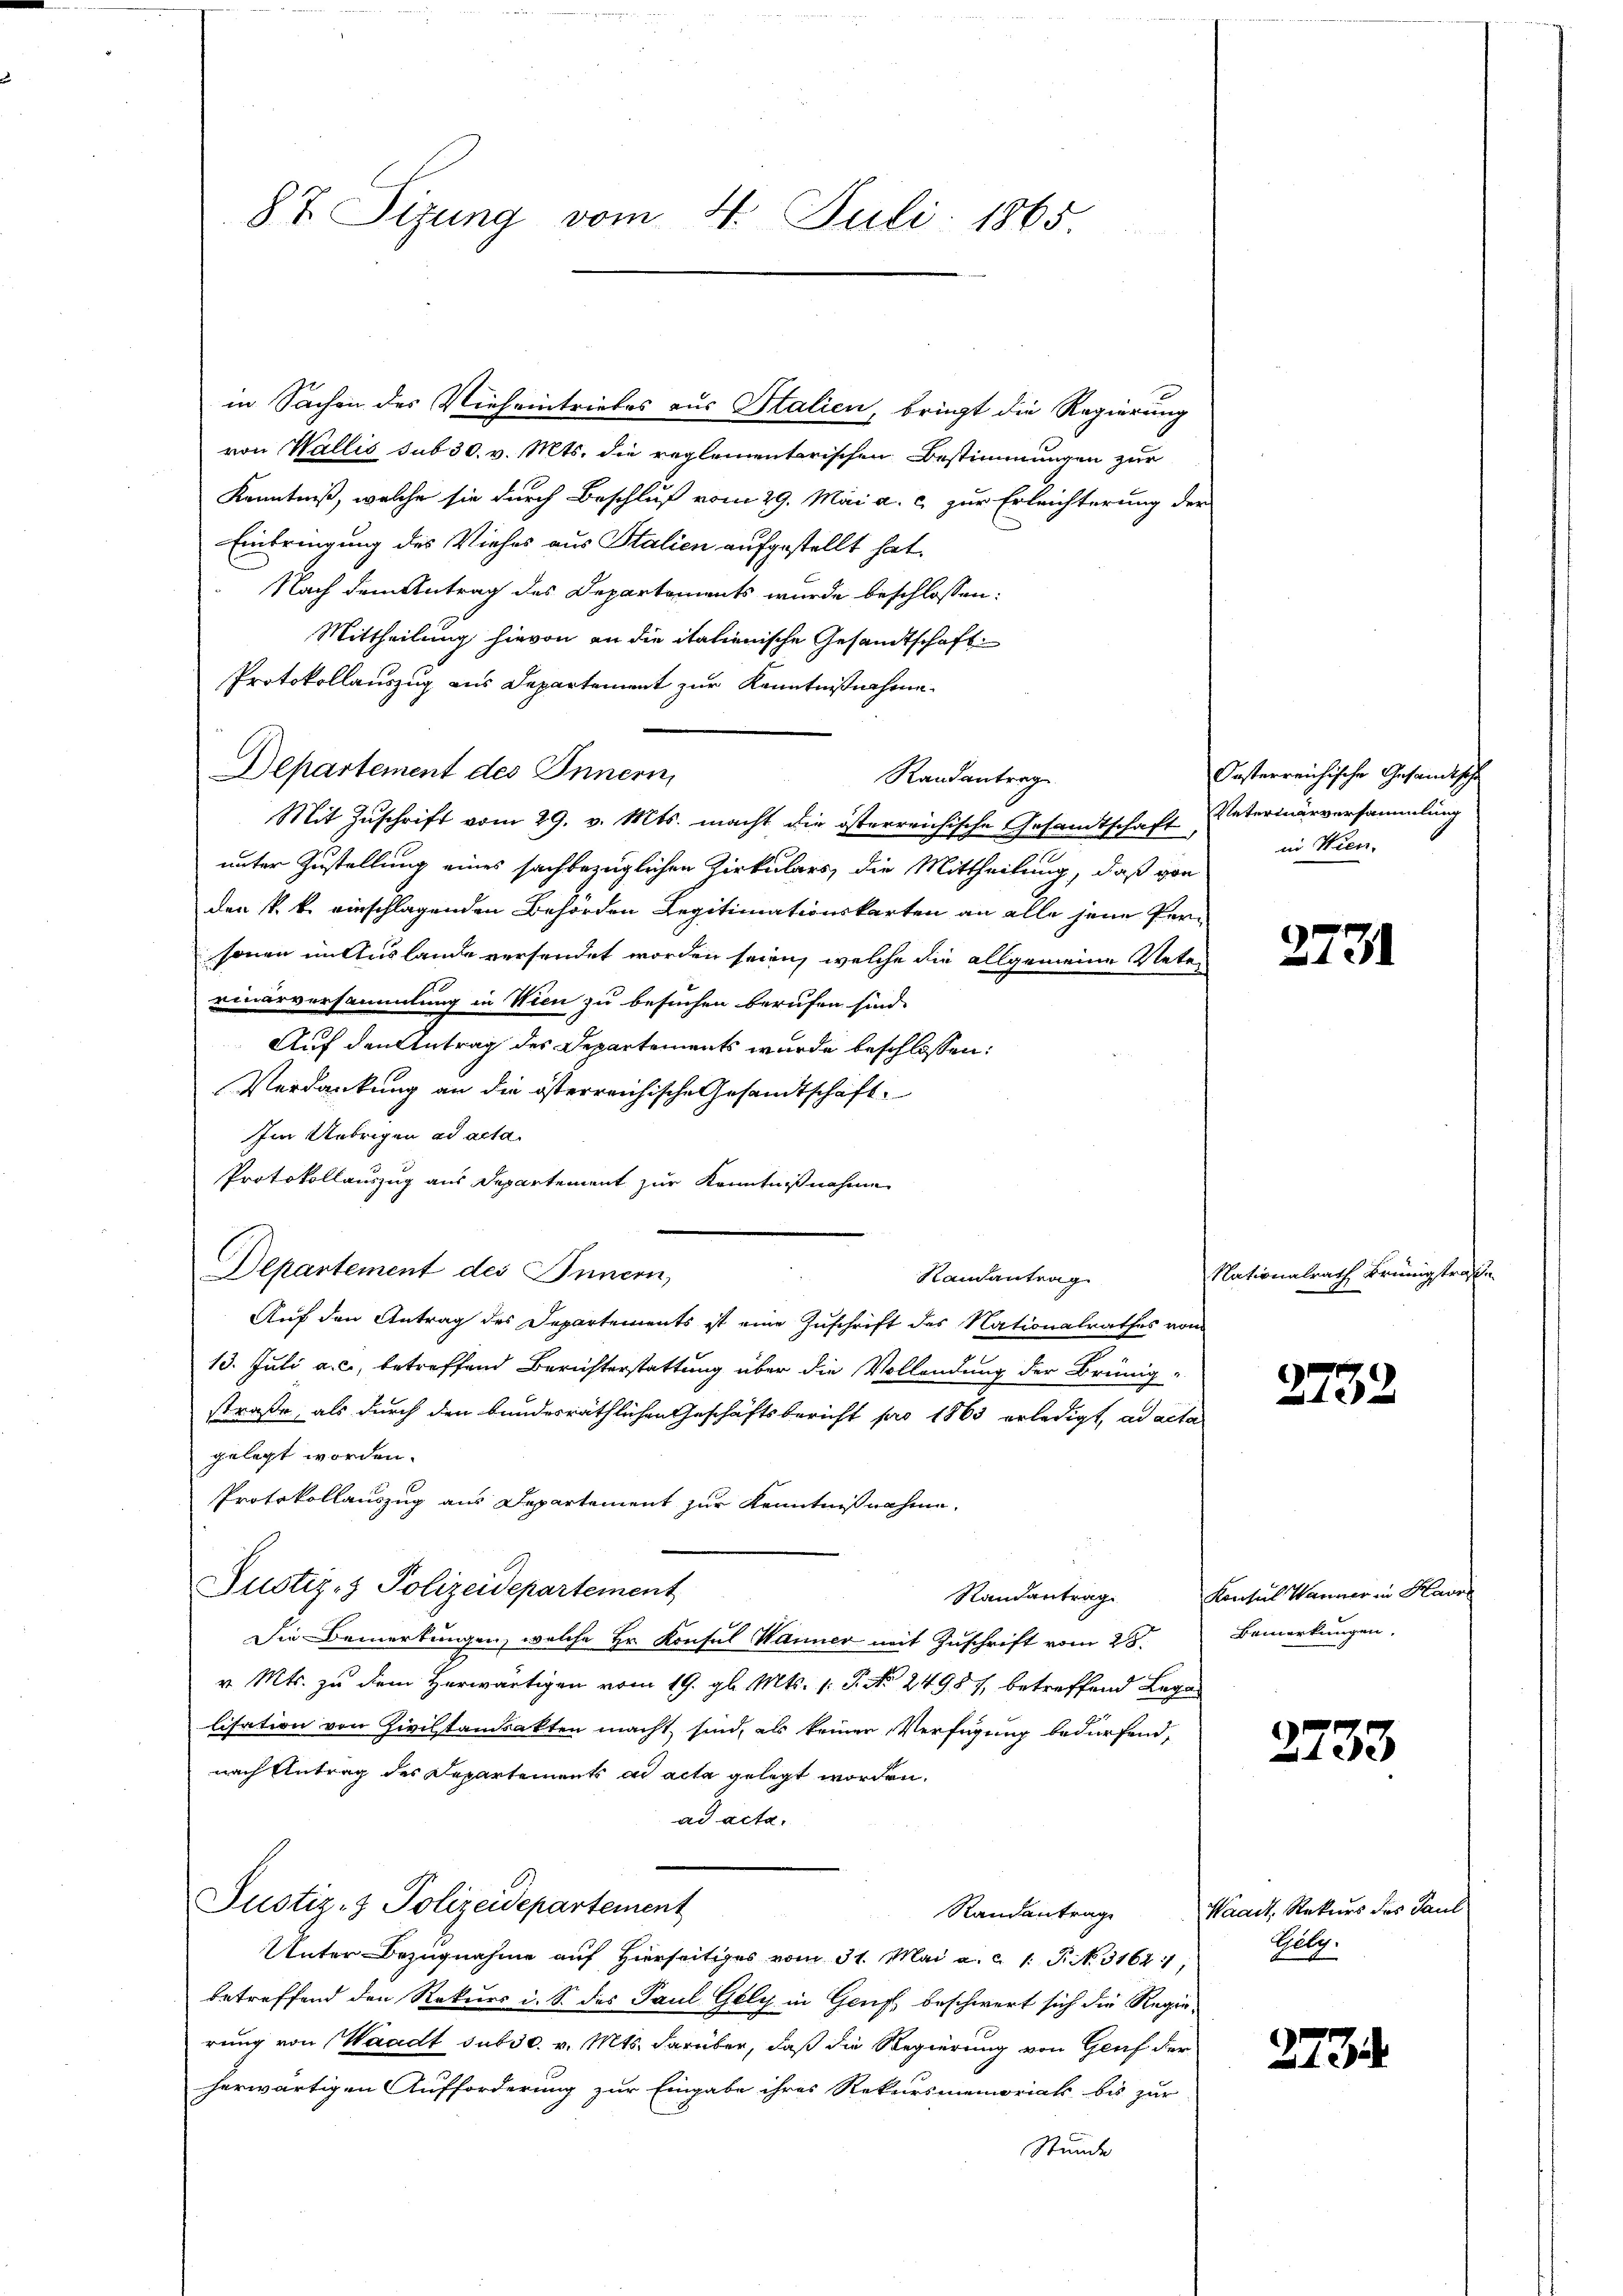
87 Sizung vom 4. Juli 1865.

in Sachen des Vieheintriebes aus Italien, bringt die Regierung
von Wallis sub 30. v. Mts. die reglementarischen Bestimmungen zur
Kenntniß, welche sie durch Beschluß vom 29. Mai a. c. zur Erleichterung der
Einbringung des Viehes aus Stalien aufgestellt hat.
Nach dem Antrag des Departements wurde beschlossen:
Mittheilung hievon an die italienische Gesandtschaft
Protokollauszug aus Departement zur Kenntnißnahme
Departement des Innern,
Randantrag
Mit Zuschrift vom 29. v. Mts. macht die österreichische Gesandtschaft Vetermärversammlung
unter Zustellung eines sachbezüglichen Zirkulars, die Mittheilung, daß von
den k. k. einschlagenden Behörden Legitimationskarten an alle jene Personen in Auslande versendet worden seien, welche die allgemeine Veter
rinarversammlung in Wien zu besuchen berufen sind.
Auf den Antrag des Departements wurde beschlossen:
Verdankung an die österreichische Gesandtschaft¬
Im Uebrigen ad acta.
Protokollauszug aus Departement zur Kenntnißnahme
Departement des Innern,
Randantrag
Auf den Antrag des Departements ist eine Zuschrift des Nationalrathes von
13. Juli a. c., betreffend Berichterstattung über die Vollendung der Brünig-
straße, als durch den bundesräthlichen Geschäftsbericht pro 1863 erledigt, ad acta
gelegt worden.
Protokollauszug aus Departement zur Kenntnißnahme,
Justiz- & Polizeidepartement
Randantrag
Die Bemerkungen, welche Hr. Konsul Wanner mit Zuschrift vom 28.
v. Mts. zu dem Herwärtigen vom 19. gl. Mts. 1. P. Nr. 24987, betreffend Legalisation von Zivilstandsakten macht, sind, als keinen Verfügung bedürfend,
nach Antrag des Departements ad acta gelegt worden.
ad acta.
Justiz- & Polizeidepartement
Randantrage
Unter Bezugnahme auf Hierseitiges vom 31. Mai a. c. 1. P. No. 31641
betreffend den Rekurs i. S. des Paul Gely in Genf beschwert sich die Regierung von Waadt sub 30. v. Mts. darüber, daß die Regierung von Genf der
herwärtigen Aufforderung zur Eingabe ihres Rekursmemoriats bis zur
Stunde

Oesterreichische Gesandtsche
in Wien.

2731

Nationalrath Brünigstra¬
7

2732

Konsul Wanner in Havr
Bemerkungen.

2733

Waadt, Rekurs das Paul
Guly.

2734